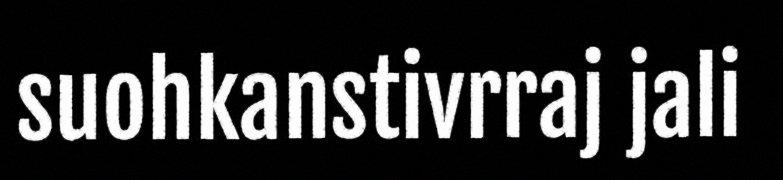
suohkanstivrraj jali